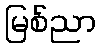
မြစ်ညာ